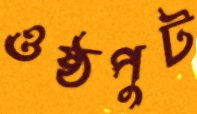
ওষ্ঠপুট